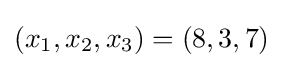
(x_{1},x_{2},x_{3})=(8,3,7)